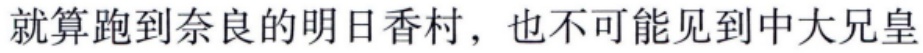
就算跑到奈良的明日香村，也不可能见到中大兄皇